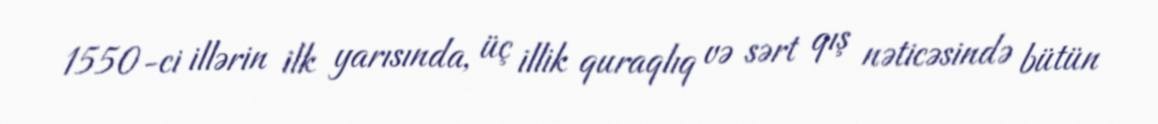
1550-ci illərin ilk yarısında, üç illik quraqlıq və sərt qış nəticəsində bütün